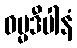
ဓမ္မဒီပါနံ